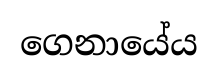
ගෙනායේය